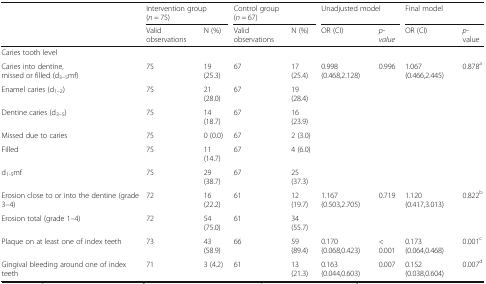
<table><thead><tr><td></td><td colspan="2"><b>Intervention group (<i>n</i> = 75)</b></td><td colspan="2"><b>Control group (<i>n</i> = 67)</b></td><td colspan="2"><b>Unadjusted model</b></td><td colspan="2"><b>Final model</b></td></tr><tr><td></td><td><b>Valid observations</b></td><td><b>N (%)</b></td><td><b>Valid observations</b></td><td><b>N (%)</b></td><td><b>OR (CI)</b></td><td><b><i>p-value</i></b></td><td><b>OR (CI)</b></td><td><b><i>p-</i>value</b></td></tr></thead><tbody><tr><td colspan="9">Caries tooth level</td></tr><tr><td>Caries into dentine,missed or filled (d<sub>3–5</sub>mf)</td><td>75</td><td>19 (25.3)</td><td>67</td><td>17 (25.4)</td><td>0.998 (0.468,2.128)</td><td>0.996</td><td>1.067 (0.466,2.445)</td><td>0.878<sup>a</sup></td></tr><tr><td>Enamel caries (d<sub>1–2</sub>)</td><td>75</td><td>21 (28.0)</td><td>67</td><td>19 (28.4)</td><td></td><td></td><td></td><td></td></tr><tr><td>Dentine caries (d<sub>3–5</sub>)</td><td>75</td><td>14 (18.7)</td><td>67</td><td>16 (23.9)</td><td></td><td></td><td></td><td></td></tr><tr><td>Missed due to caries</td><td>75</td><td>0 (0.0)</td><td>67</td><td>2 (3.0)</td><td></td><td></td><td></td><td></td></tr><tr><td>Filled</td><td>75</td><td>11 (14.7)</td><td>67</td><td>4 (6.0)</td><td></td><td></td><td></td><td></td></tr><tr><td>d<sub>1-5</sub>mf</td><td>75</td><td>29 (38.7)</td><td>67</td><td>25 (37.3)</td><td></td><td></td><td></td><td></td></tr><tr><td>Erosion close to or into the dentine (grade 3–4)</td><td>72</td><td>16 (22.2)</td><td>61</td><td>12 (19.7)</td><td>1.167 (0.503,2.705)</td><td>0.719</td><td>1.120 (0.417,3.013)</td><td>0.822<sup>b</sup></td></tr><tr><td>Erosion total (grade 1–4)</td><td>72</td><td>54 (75.0)</td><td>61</td><td>34 (55.7)</td><td></td><td></td><td></td><td></td></tr><tr><td>Plaque on at least one of index teeth</td><td>73</td><td>43 (58.9)</td><td>66</td><td>59 (89.4)</td><td>0.170 (0.068,0.423)</td><td>&lt; 0.001</td><td>0.173 (0.064,0.468)</td><td>0.001<sup>c</sup></td></tr><tr><td>Gingival bleeding around one of index teeth</td><td>71</td><td>3 (4.2)</td><td>61</td><td>13 (21.3)</td><td>0.163 (0.044,0.603)</td><td>0.007</td><td>0.152 (0.038,0.604)</td><td>0.007<sup>d</sup></td></tr></tbody></table>